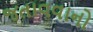
જતાવવાનો